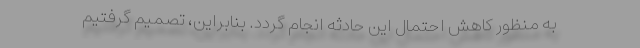
به منظور کاهش احتمال این حادثه انجام گردد. بنابراین، تصمیم گرفتیم